Annual report of the Bengal Veterinary College and of the Civil Veterinary Department, Bengal, for the year 1918-19 - 1918-1919
Year: 1918
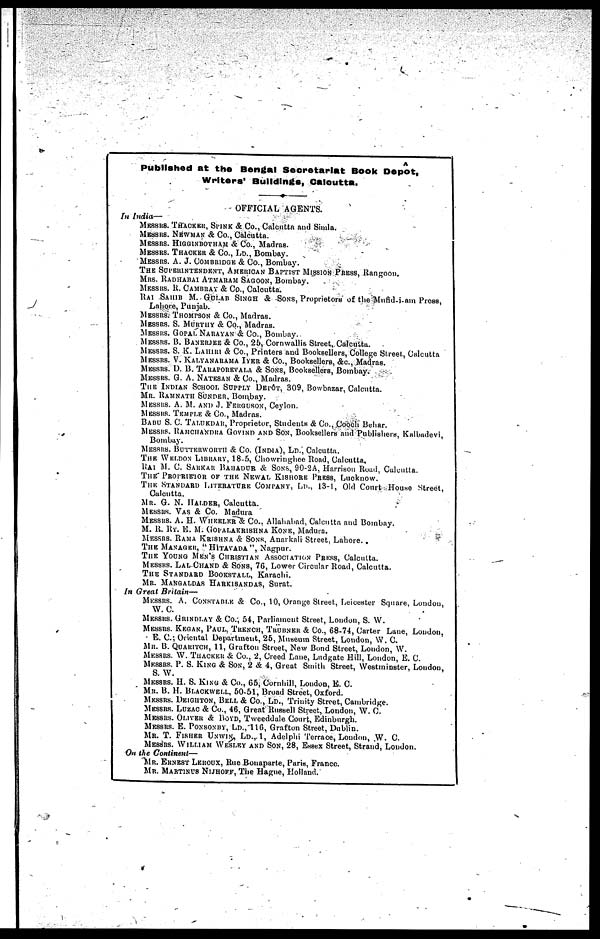
A
Published at the Bengal Secretariat Book Depôt,
Writers' Buildings, Calcutta.
OFFICIAL AGENTS.
In India—
MESSRS. THACKER, SPINK & Co., Calcutta and Simla.
MESSRS. NEWMAN & Co., Calcutta.
MESSRS. HIGGINBOTHAM & Co., Madras.
MESSRS. THACKER & Co., LD., Bombay.
MESSRS. A. J. COMBRIDGE & Co., Bombay.
THE SUPERINTENDENT, AMERICAN BAPTIST MISSION PRESS, Rangoon.
MRS. RADHABAI ATMARAM SAGOON, Bombay.
MESSRS. R. CAMBRAY & Co., Calcutta.
RAI SAHIB M. GULAB SINGH & SONS, Proprietors of the Mufid-i-am Press,
Lahore, Punjab.
MESSRS. THOMPSON & Co., Madras.
MESSRS. S. MURTHY & Co., Madras.
MESSRS. GOPAL NARAYAN & Co., Bombay.
MESSRS. B. BANERJEE & Co., 25, Cornwallis Street, Calcutta.
MESSRS. S. K. LAHIRI & Co., Printers and Booksellers, College Street, Calcutta
MESSRS. V. KALYANARAMA IYER & Co., Booksellers, &c., Madras.
MESSRS. D. B. TARAPOREVALA & SONS, Booksellers, Bombay.
MESSRS. G. A. NATESAN & Co., Madras.
THE INDIAN SCHOOL SUPPLY DEPÔT, 309, Bowbazar, Calcutta.
MR. RAMNATH SUNDER, Bombay.
MESSRS. A. M. AND J. FERGUSON. Ceylon.
MESSRS. TEMPLE & Co., Madras.
BABU S. C. TALUKDAR, Proprietor, Students & Co., Cooch Behar.
MESSRS. RAMCHANDRA GOVIND AND SON, Booksellers and Publishers, Kalbadevi,
Bombay.
MESSRS. BUTTERWORTH & CO. (INDIA), LD., Calcutta.
THE WELDON LIBRARY, 18-5, Chowringhee Road, Calcutta.
RAI M. C. SARKAR BAHADUR & SONS,
90-2A, Harrison Road, Calcutta.
THE PROPRIETOR OF THE NEWAL KISHORE PRESS. Lucknow.
THE STANDARD LITERATURE COMPANY, LD., 13-1, Old Court House Street,
Calcutta.
M R. G. N. HALDER, Calcutta.
MESSRS. VAS & Co. Madura
MESSRS. A. H. WHEKLKER & Co., Allahabad, Calcutta and Bombay.
M. R. RY. E. M. GOPALAKRISHNA KONE, Madura.
MESSRS. RAMA KRISHNA & SONS, Anarkali Street. Lahore.
THE MANAGER, "HITAVADA", Nagpur.
THE YOUNG MEN'S CHRISTIAN ASSOCIATION PRESS, Calcutta.
MESSRS. LAL CHAND & SONS, 76, Lower Circular Road, Calcutta.
THE STANDARD BOOKSTALL, Karachi.
MR. MANGALDAS HARKISANDAS, Surat.
In Great
Britain—
MESSRS. A. CONSTABLE & Co., 10, Orange Street, Leicester Square, London,
W. C.
MESSRS. GRINDLAY & Co., 54, Parliament Street, London, S. W.
MESSRS. KEGAN, PAUL. TRENCH, TRUBNER & Co., 68-74, Carter Lane, London,
E. C.; Oriental Department, 25, Museum Street, London, W. C.
MR. B. QUARITCH, 11, Grafton Street, New Bond Street, London, W.
MESSRS. W. THACKER & Co., 2, Creed Lane, Ludgate Hill, London, E. C.
MESSRS. P. S. KING & SON, 2 & 4, Great Smith Street, Westminster, London,
S. W.
MESSRS. H. S. KING & Co., 65, Cornhill, London, E. C.
MR. B. H. BLACKWELL, 50-51, Broad Street, Oxford.
MESSRS. DEIGHTON, BELL & Co., Ld., Trinity Street, Cambridge.
MESSRS. LUZAC & Co., 46, Great Russell Street, London, W. C.
MESSRS. OLIVER & BOYD, Tweeddale Court, Edinburgh.
MESSRS. E. PONSONBY, LD., 116, Grafton Street, Dublin.
MB. T. FISHER UNWIN, LD., 1, Adelphi Terrace, London, W. C.
MESSRS. WILLIAM WESLEY AND SON, 28, Essex Street, Strand, London.
On the Continent—
MR. ERNEST LEROUX, Rue Bonaparte, Paris, France.
MR. MARTINUS NIJHOFF, The Hague, Holland.